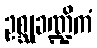
ဥစ္ဆုခဏ္ဍိကံ